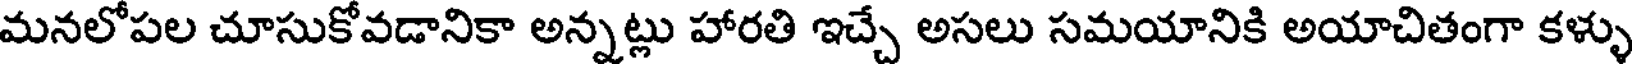
మనలోపల చూసుకోవడానికా అన్నట్లు హారతి ఇచ్చే అసలు సమయానికి అయాచితంగా కళ్ళు